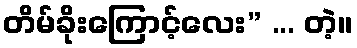
တိမ်ခိုးကြောင့်လေး” ... တဲ့။